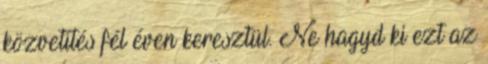
közvetítés fél éven keresztül. Ne hagyd ki ezt az